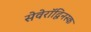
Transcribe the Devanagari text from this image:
सेवेरॉद्विनस्क